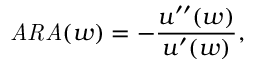
{ \mathit { A R A } } ( w ) = - { \frac { u ^ { \prime \prime } ( w ) } { u ^ { \prime } ( w ) } } ,